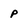
Character: p